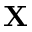
{ \bf X }